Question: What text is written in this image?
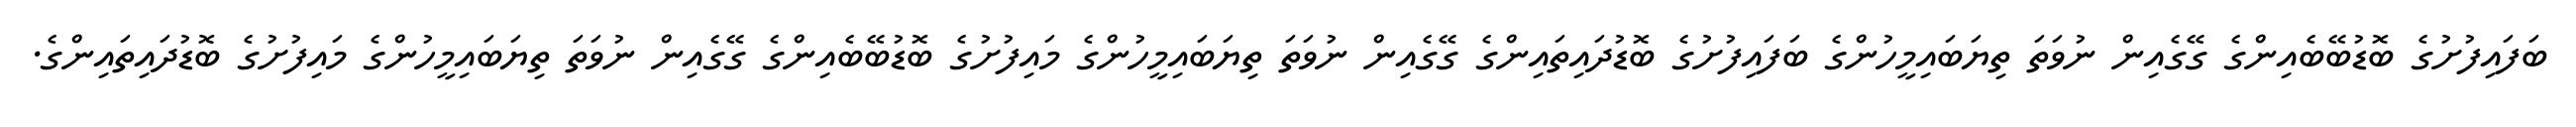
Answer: ބަފައިފުށުގެ ބޮޑުބޭބެއިންގެ ގޭގެއިން ނުވަތަ ތިޔަބައިމީހުންގެ ބަފައިފުށުގެ ބޮޑުދައިތައިންގެ ގޭގެއިން ނުވަތަ ތިޔަބައިމީހުންގެ މައިފުށުގެ ބޮޑުބޭބެއިންގެ ގޭގެއިން ނުވަތަ ތިޔަބައިމީހުންގެ މައިފުށުގެ ބޮޑުދައިތައިންގެ.